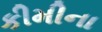
કીમીના